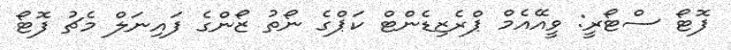
ފޮޓޯ ސްޓޯރީ: ވީއޭއެމް ޕްރެޒިޑެންޓް ކަޕްގެ ނޯތު ޒޯންގެ ފައިނަލް މެޗު ފޮޓޯ